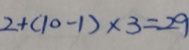
2 + ( 1 0 - 1 ) \times 3 = 2 9